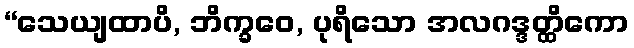
“သေယျထာပိ, ဘိက္ခဝေ, ပုရိသော အလဂဒ္ဒတ္ထိကော